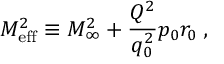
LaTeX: M _ { \mathrm { e f f } } ^ { 2 } \equiv M _ { \infty } ^ { 2 } + { \frac { Q ^ { 2 } } { q _ { 0 } ^ { 2 } } } p _ { 0 } r _ { 0 } \; ,